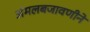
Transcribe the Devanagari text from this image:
अंमलबजावणीने